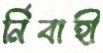
র্নিবাহী